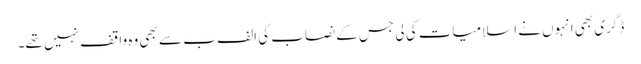
ڈگری بھی انہوں نے اسلامیات کی لی جس کے نصاب کی الف ب سے بھی وہ واقف نہیں تھے۔